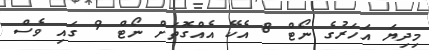
މިދިޔަ އަހަރުގެ ނޯޓް 8 އެކޭ އެއްގޮތަށް ނޯޓް 9 ގައި ވެސް